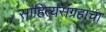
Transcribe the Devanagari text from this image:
साहित्यसंग्रहाचा